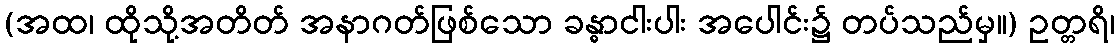
(အထ၊ ထိုသို့အတိတ် အနာဂတ်ဖြစ်သော ခန္ဓာငါးပါး အပေါင်း၌ တပ်သည်မှ။) ဥတ္တရိ၊